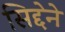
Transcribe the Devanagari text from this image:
सिद्देने